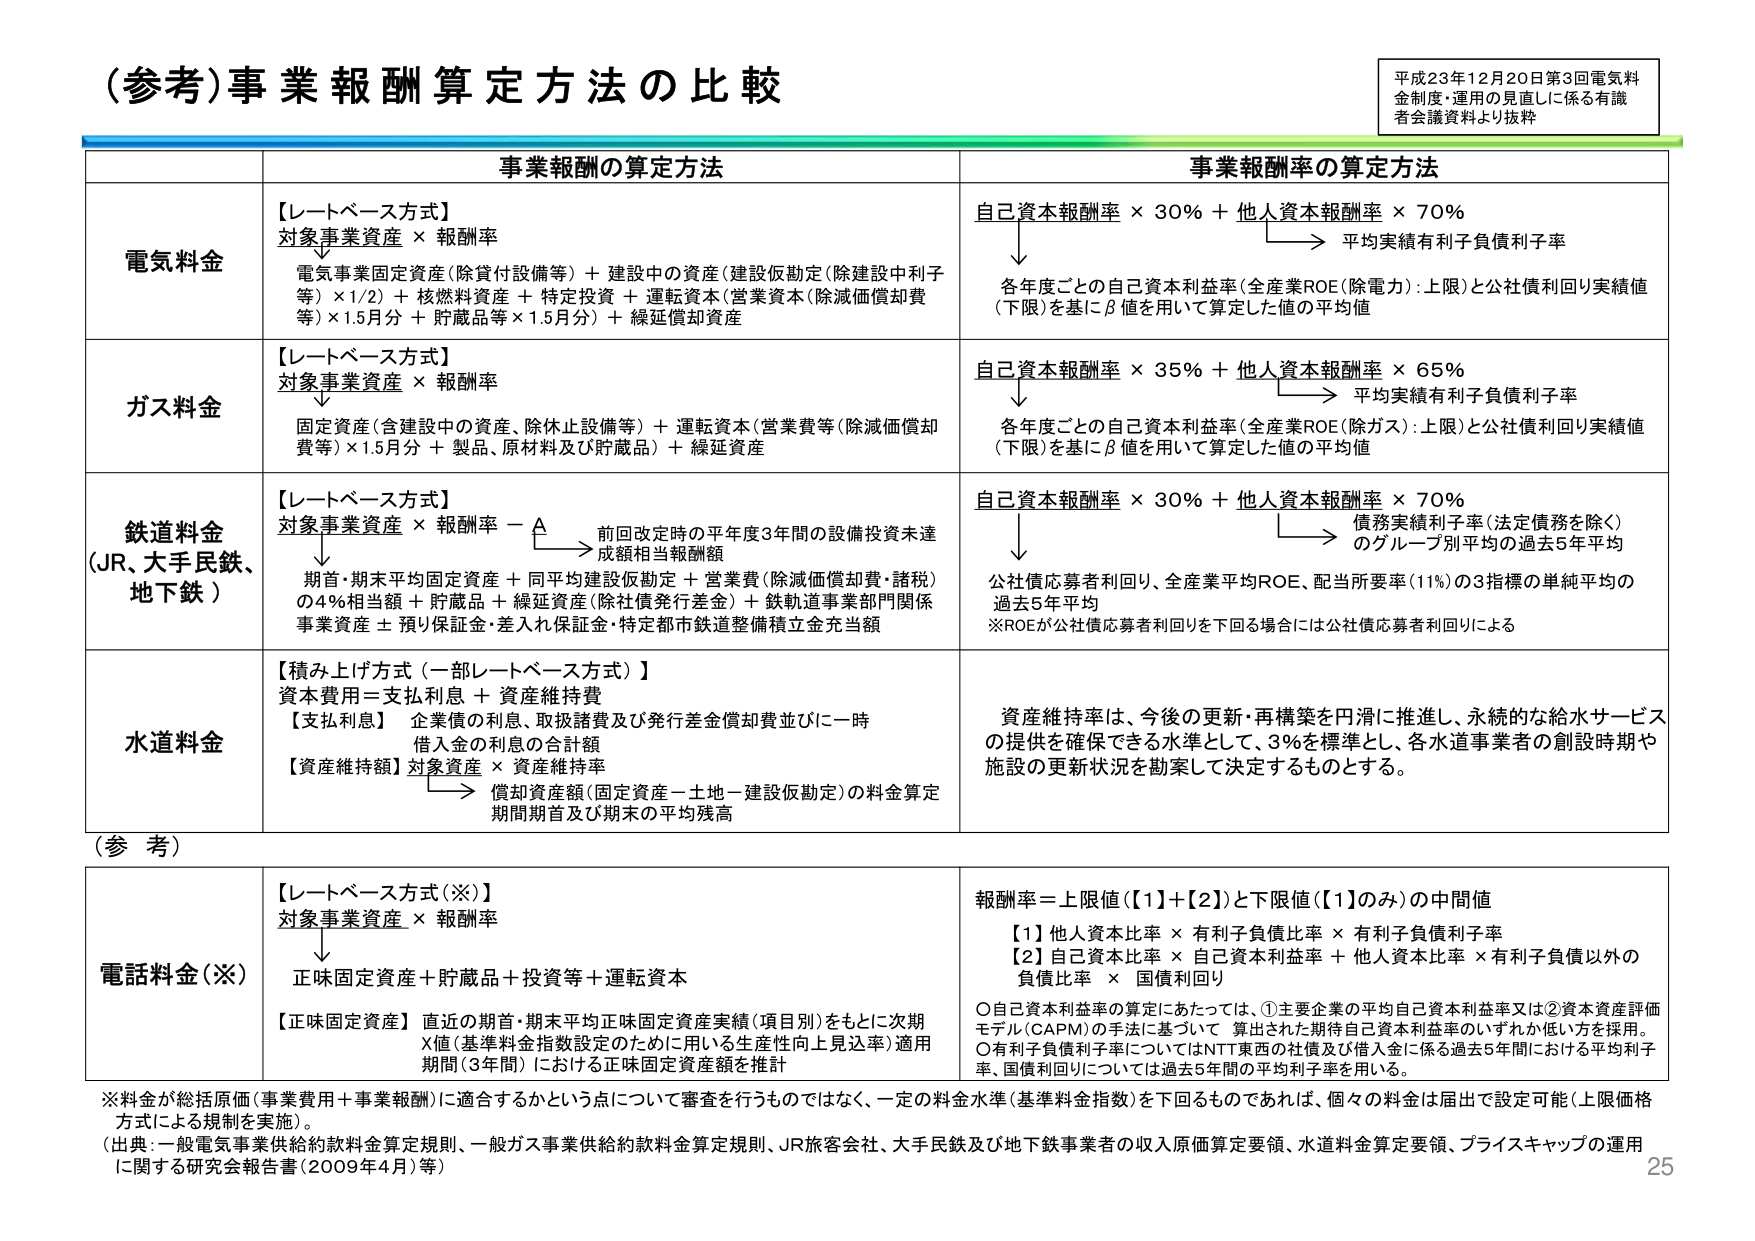
(参考)事業報酬算定方法の比較

平成23年12月20日第3回電気料金制度・運用の見直しに係る有識者会議資料より抜粋

事業報酬の算定方法